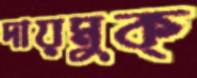
দায়মুক্